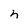
Character: n